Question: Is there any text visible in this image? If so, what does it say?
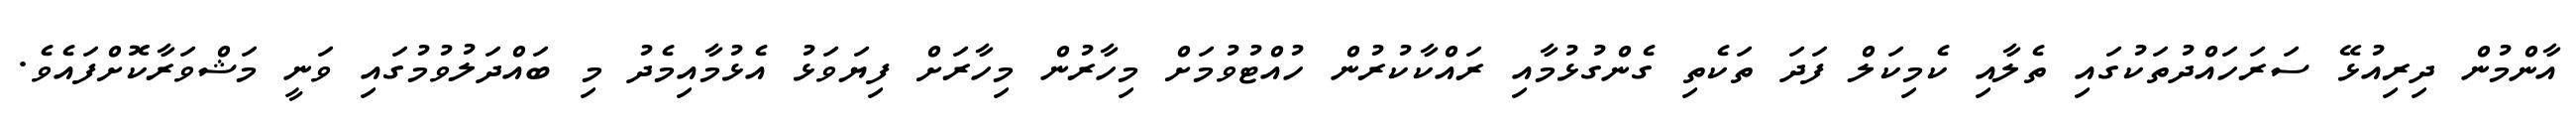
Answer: އާންމުން ދިރިއުޅޭ ސަރަހައްދުތަކުގައި ތެލާއި ކެމިކަލް ފަދަ ތަކެތި ގެންގުޅުމާއި ރައްކާކުރުން ހުއްޓުވުމަށް މިހާރުން މިހާރަށް ފިޔަވަޅު އެޅުމާއިމެދު މި ބައްދަލުވުމުގައި ވަނީ މަޝްވަރާކޮށްފައެވެ.